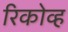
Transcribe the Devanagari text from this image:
रिकोव्ह